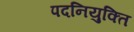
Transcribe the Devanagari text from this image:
पदनियुक्ति